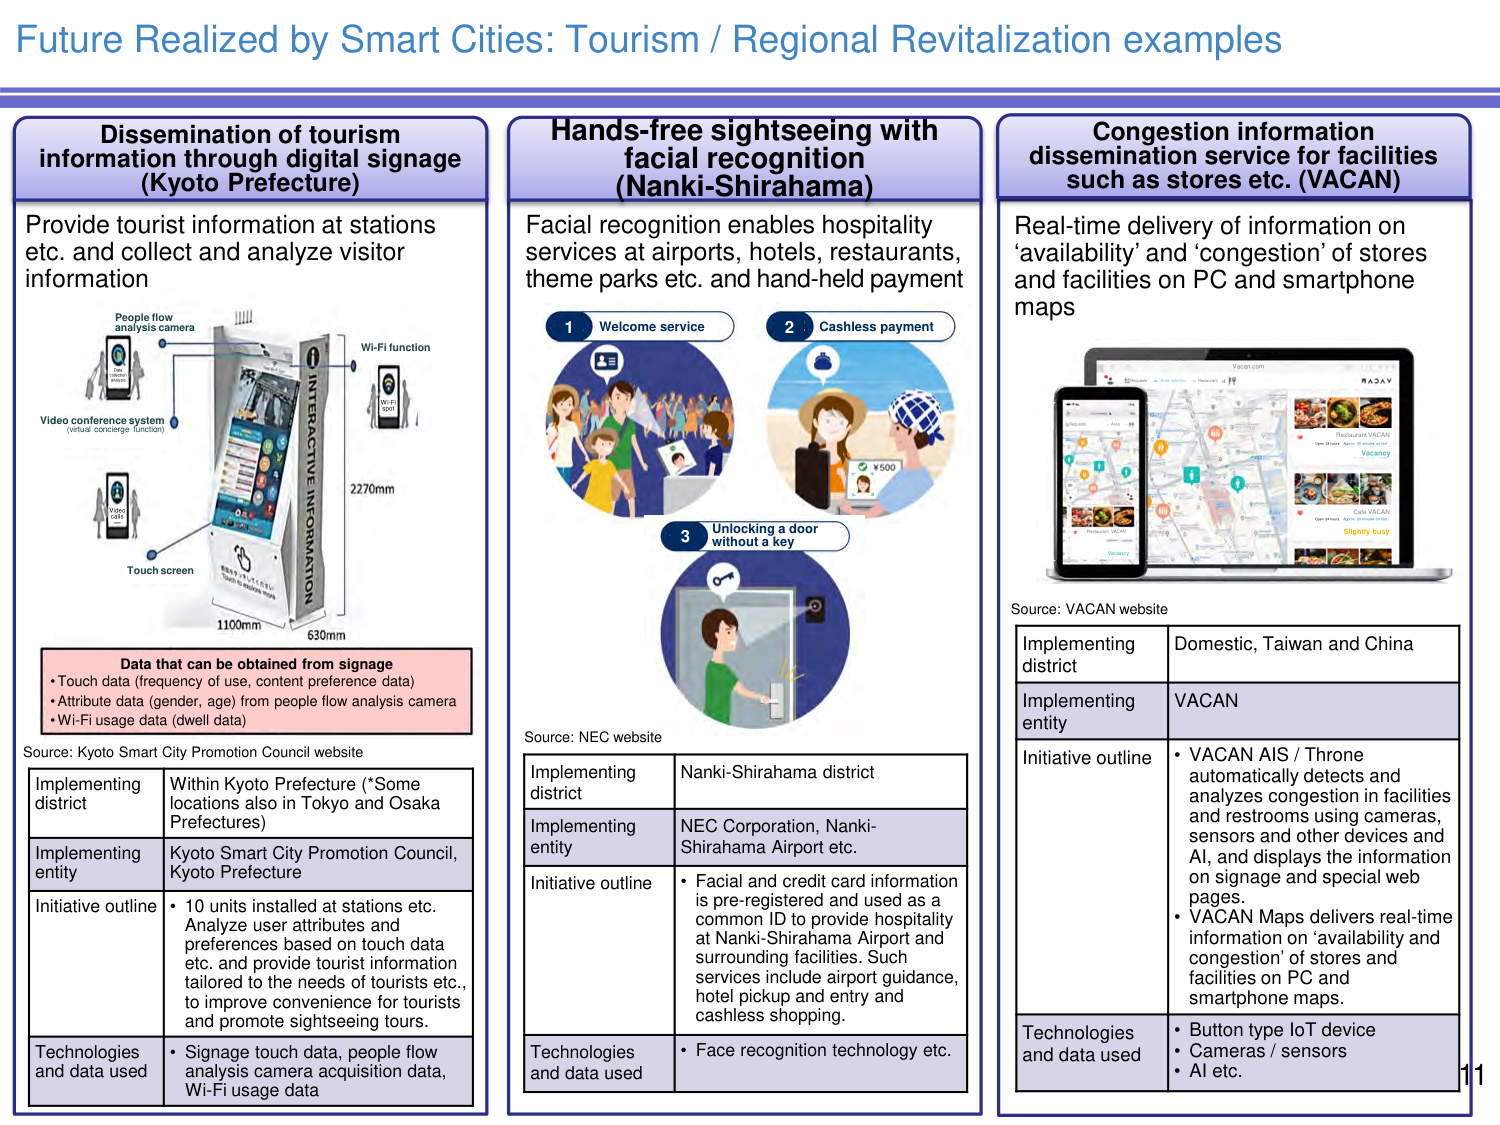
Future Realized by Smart Cities: Tourism / Regional Revitalization examples

Dissemination of tourism information through digital signage (Kyoto Prefecture)
Provide tourist information at stations etc. and collect and analyze visitor information

People flow analysis camera
Video conference system (virtual concierge function)
Wi-Fi function
Touch screen
INTERACTIVE INFORMATION
2270mm
1100mm
630mm

Data that can be obtained from signage
• Touch data (frequency of use, content preference data)
• Attribute data (gender, age) from people flow analysis camera
• Wi-Fi usage data (dwell data)

Source: Kyoto Smart City Promotion Council website

Implementing district
Within Kyoto Prefecture (*Some locations also in Tokyo and Osaka Prefectures)

Implementing entity
Kyoto Smart City Promotion Council, Kyoto Prefecture

Initiative outline
• 10 units installed at stations etc.
Analyze user attributes and preferences based on touch data etc. and provide tourist information tailored to the needs of tourists etc., to improve convenience for tourists and promote sightseeing tours.

Technologies and data used
• Signage touch data, people flow analysis camera acquisition data, Wi-Fi usage data

Hands-free sightseeing with facial recognition (Nanki-Shirahama)
Facial recognition enables hospitality services at airports, hotels, restaurants, theme parks etc. and hand-held payment

1 Welcome service
2 Cashless payment
3 Unlocking a door without a key

Source: NEC website

Implementing district
Nanki-Shirahama district

Implementing entity
NEC Corporation, Nanki-Shirahama Airport etc.

Initiative outline
• Facial and credit card information is pre-registered and used as a common ID to provide hospitality at Nanki-Shirahama Airport and surrounding facilities. Such services include airport guidance, hotel pickup and entry and cashless shopping.

Technologies and data used
• Face recognition technology etc.

Congestion information dissemination service for facilities such as stores etc. (VACAN)
Real-time delivery of information on ‘availability’ and ‘congestion’ of stores and facilities on PC and smartphone maps

Source: VACAN website

Implementing district
Domestic, Taiwan and China

Implementing entity
VACAN

Initiative outline
• VACAN AIS / Throne automatically detects and analyzes congestion in facilities and restrooms using cameras, sensors and other devices and AI, and displays the information on signage and special web pages.
• VACAN Maps delivers real-time information on ‘availability and congestion’ of stores and facilities on PC and smartphone maps.

Technologies and data used
• Button type IoT device
• Cameras / sensors
• AI etc.

11